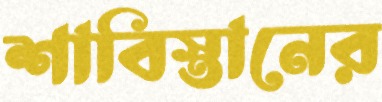
শাবিস্তানের